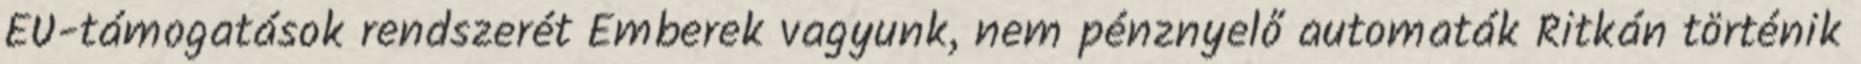
EU-támogatások rendszerét Emberek vagyunk, nem pénznyelő automaták Ritkán történik